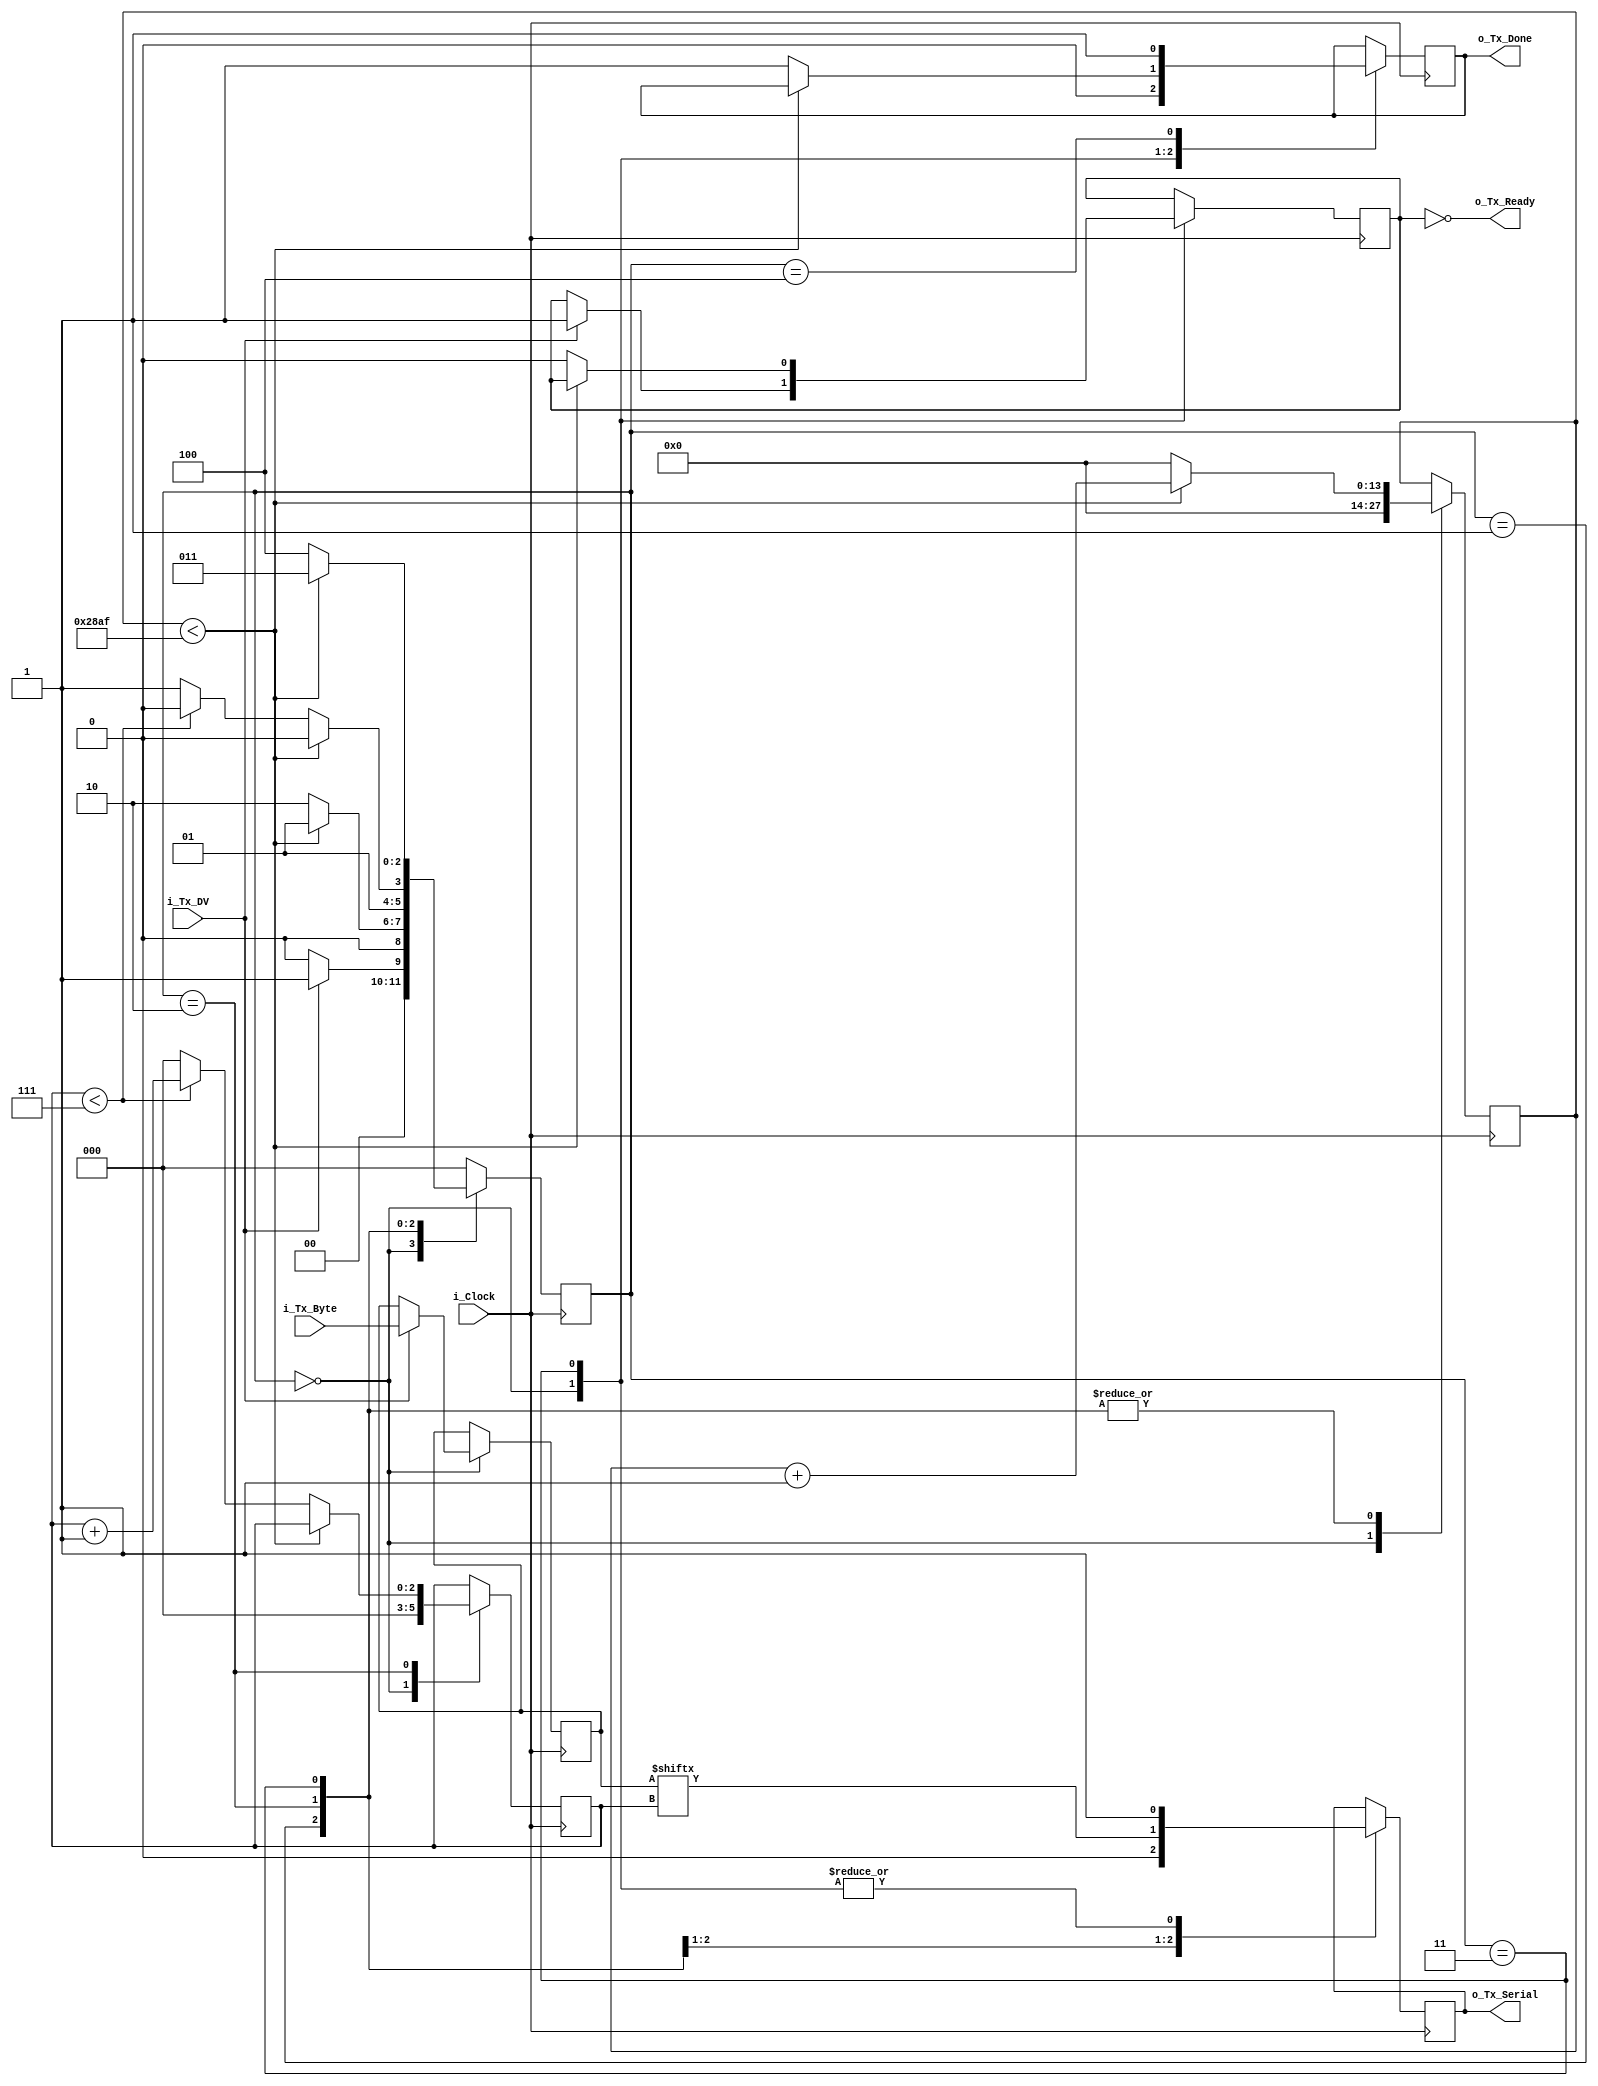
`timescale 1ns / 1ps

module uart_tx_vlog 
  (
   input       i_Clock,           // master clock
   input       i_Tx_DV,           // data valid - set high to send byte
   input [7:0] i_Tx_Byte,         // byte to send
   output reg  o_Tx_Serial,       // UART serial TX wire
   output      o_Tx_Done,         // done signal, goes high for 2 clk cycles when finished sending
   output      o_Tx_Ready         // when high, UART TX is ready to send (not busy)
   );
  
  localparam s_IDLE         = 3'b000;
  localparam s_TX_START_BIT = 3'b001;
  localparam s_TX_DATA_BITS = 3'b010;
  localparam s_TX_STOP_BIT  = 3'b011;
  localparam s_CLEANUP      = 3'b100;
  localparam CLKS_PER_BIT   = 14'b10100010110000;   // hard coded to 9600 baud from the 100 MHz master clock
                                                    // i.e. 100 MHz / 9600 Hz = 10416 = 14'b10100010110000
   
  reg [2:0]    r_SM_Main     = 0;
  reg [13:0]    r_Clock_Count = 0;
  reg [2:0]    r_Bit_Index   = 0;
  reg [7:0]    r_Tx_Data     = 0;
  reg          r_Tx_Done     = 0;
  reg          r_Tx_Active   = 0;
     
  always @(posedge i_Clock)
    begin
       
      case (r_SM_Main)
        s_IDLE :
          begin
            o_Tx_Serial   <= 1'b1;         // Drive Line High for Idle
            r_Tx_Done     <= 1'b0;
            r_Clock_Count <= 0;
            r_Bit_Index   <= 0;
             
            if (i_Tx_DV == 1'b1)
              begin
                r_Tx_Active <= 1'b1;
                r_Tx_Data   <= i_Tx_Byte;
                r_SM_Main   <= s_TX_START_BIT;
              end
            else
              r_SM_Main <= s_IDLE;
          end // case: s_IDLE
         
         
        // Send out Start Bit. Start bit = 0
        s_TX_START_BIT :
          begin
            o_Tx_Serial <= 1'b0;
             
            // Wait CLKS_PER_BIT-1 clock cycles for start bit to finish
            if (r_Clock_Count < CLKS_PER_BIT-1)
              begin
                r_Clock_Count <= r_Clock_Count + 1;
                r_SM_Main     <= s_TX_START_BIT;
              end
            else
              begin
                r_Clock_Count <= 0;
                r_SM_Main     <= s_TX_DATA_BITS;
              end
          end // case: s_TX_START_BIT
         
         
        // Wait CLKS_PER_BIT-1 clock cycles for data bits to finish         
        s_TX_DATA_BITS :
          begin
            o_Tx_Serial <= r_Tx_Data[r_Bit_Index];
             
            if (r_Clock_Count < CLKS_PER_BIT-1)
              begin
                r_Clock_Count <= r_Clock_Count + 1;
                r_SM_Main     <= s_TX_DATA_BITS;
              end
            else
              begin
                r_Clock_Count <= 0;
                 
                // Check if we have sent out all bits
                if (r_Bit_Index < 7)
                  begin
                    r_Bit_Index <= r_Bit_Index + 1;
                    r_SM_Main   <= s_TX_DATA_BITS;
                  end
                else
                  begin
                    r_Bit_Index <= 0;
                    r_SM_Main   <= s_TX_STOP_BIT;
                  end
              end
          end // case: s_TX_DATA_BITS
         
         
        // Send out Stop bit.  Stop bit = 1
        s_TX_STOP_BIT :
          begin
            o_Tx_Serial <= 1'b1;
             
            // Wait CLKS_PER_BIT-1 clock cycles for Stop bit to finish
            if (r_Clock_Count < CLKS_PER_BIT-1)
              begin
                r_Clock_Count <= r_Clock_Count + 1;
                r_SM_Main     <= s_TX_STOP_BIT;
              end
            else
              begin
                r_Tx_Done     <= 1'b1;
                r_Clock_Count <= 0;
                r_SM_Main     <= s_CLEANUP;
                r_Tx_Active   <= 1'b0;
              end
          end // case: s_Tx_STOP_BIT
         
         
        // Stay here 1 clock
        s_CLEANUP :
          begin
            r_Tx_Done <= 1'b1;
            r_SM_Main <= s_IDLE;
          end
          
          
          
        default :
          r_SM_Main <= s_IDLE;
         
      endcase
    end
 
  assign o_Tx_Done   = r_Tx_Done;
  assign o_Tx_Ready = ~r_Tx_Active;  
endmodule